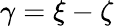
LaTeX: \gamma=\xi-\zeta